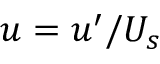
u = u ^ { \prime } / U _ { s }